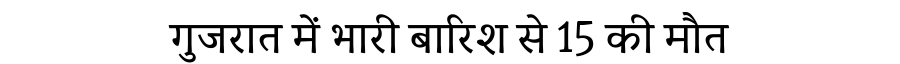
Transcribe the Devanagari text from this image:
गुजरात में भारी बारिश से 15 की मौत